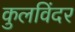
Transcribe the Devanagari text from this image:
कुलविंदर